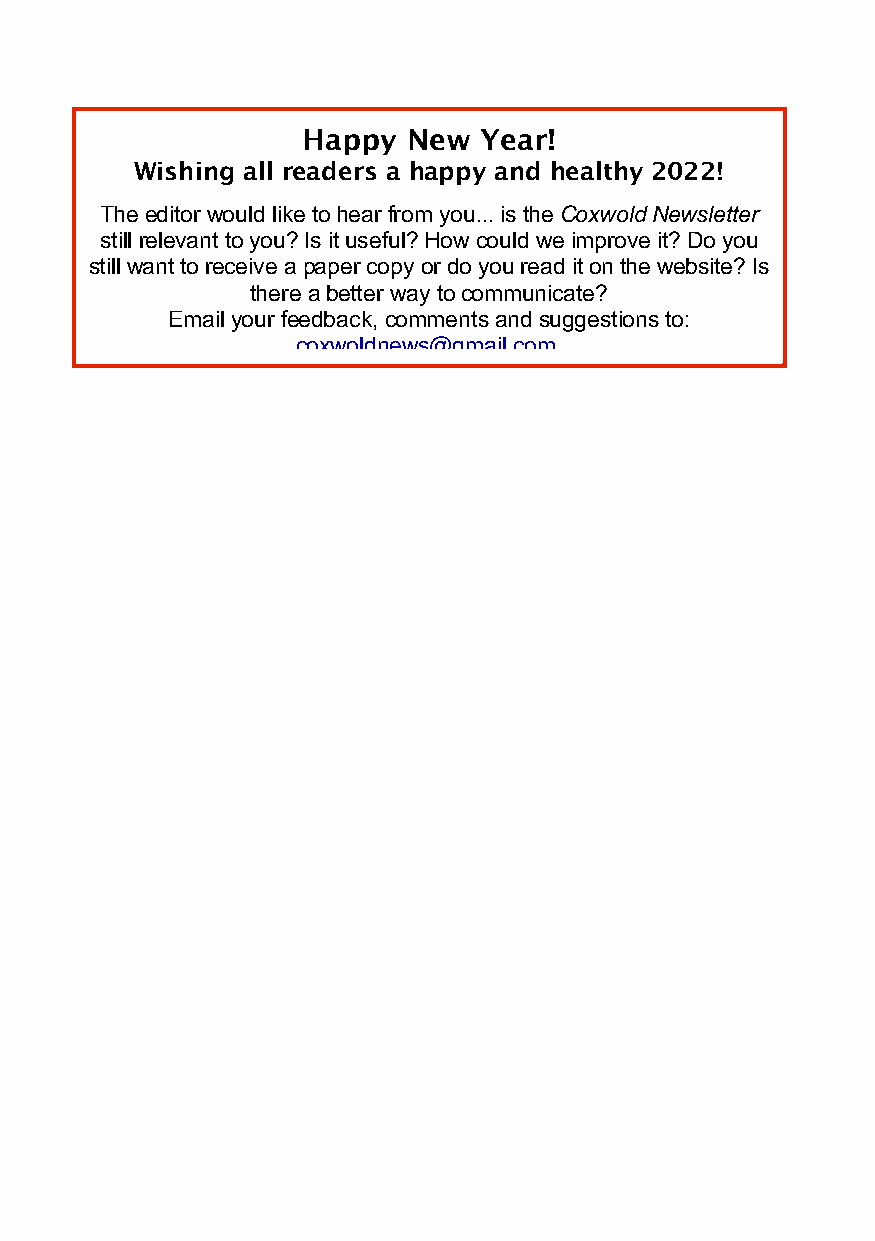
Happy  New  Year!
 Wishing all readers a happy and healthy 2022!
 The editor would like to hear from you... is the Coxwold Newsletter
 still relevant to you? Is it useful? How could we improve it? Do you
 still want to receive a paper copy or do you read it on the website? Is
 there a better way to communicate?
 Email your feedback, comments and suggestions to:
 coxwoldnews@gmail.com.